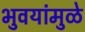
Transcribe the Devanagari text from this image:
भुवयांमुळे